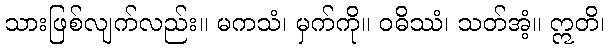
သားဖြစ်လျက်လည်း။ မကသံ၊ မှက်ကို။ ဝဓိဿံ၊ သတ်အံ့။ ဣတိ၊